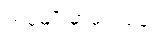
တစ်မျိုးမှာမတူချေ။